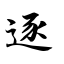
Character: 逐